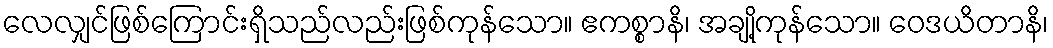
လေလျှင်ဖြစ်ကြောင်းရှိသည်လည်းဖြစ်ကုန်သော။ ဧကစ္စာနိ၊ အချို့ကုန်သော။ ဝေဒယိတာနိ၊